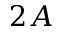
2 A